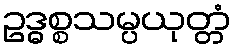
ဥဒ္ဓစ္စသမ္ပယုတ္တံ